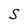
Character: S